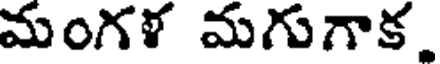
మంగళ మగుగాక.